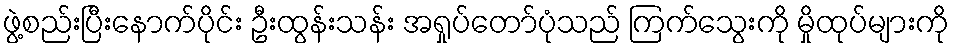
ဖွဲ့စည်းပြီးနောက်ပိုင်း ဦးထွန်းသန်း အရှုပ်တော်ပုံသည် ကြက်သွေးကို မှိုထုပ်များကို